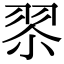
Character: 𮋀